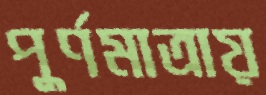
পুর্ণমাত্রায়